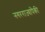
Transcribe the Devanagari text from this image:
नगरराज्यांपैकी